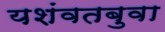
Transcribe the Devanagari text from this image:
यशंवतबुवा